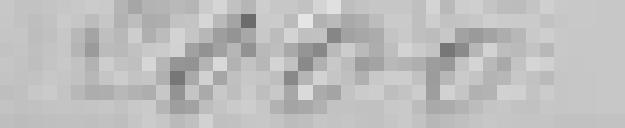
2000